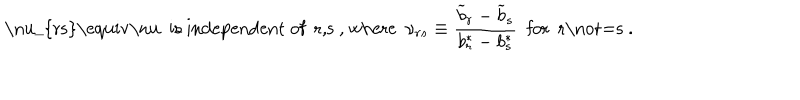
LaTeX: \mathrm { ~ \ n u _ { r s } \equiv \ n u ~ i s ~ i n d e p e n d e n t ~ o f ~ r , s ~ , ~ w h e r e } ~ ~ \nu _ { r s } \equiv { \frac { { \widetilde b } _ { r } - { \widetilde b } _ { s } } { b _ { r } ^ { * } - b _ { s } ^ { * } } } ~ ~ \mathrm { f o r ~ r \not = s ~ . }